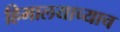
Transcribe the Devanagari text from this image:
हिमालयाच्याच